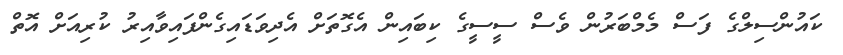
ކައުންސިލްގެ ފަސް މެމްބަރުން ވެސް ސީސީގެ ކިބައިން އެގޮތަށް އެދިވަޑައިގެންފައިވާއިރު ކުރިއަށް އޮތް